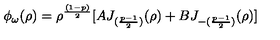
\phi _ { \omega } ( \rho ) = \rho ^ { \frac { ( 1 - p ) } { 2 } } [ A J _ { ( { \frac { p - 1 } { 2 } } ) } ( \rho ) + B J _ { - ( { \frac { p - 1 } { 2 } } ) } ( \rho ) ]